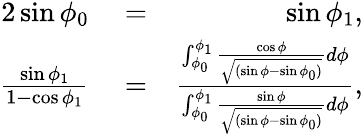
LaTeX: \begin{array}{rlr}{2\sin\phi_{0}}&{{}=}&{\sin\phi_{1},}\\ {\frac{\sin\phi_{1}}{1-\cos\phi_{1}}}&{{}=}&{\frac{\int_{\phi_{0}}^{\phi_{1}}\frac{\cos\phi}{\sqrt{(\sin\phi-\sin\phi_{0})}}d\phi}{\int_{\phi_{0}}^{\phi_{1}}\frac{\sin\phi}{\sqrt{(\sin\phi-\sin\phi_{0})}}d\phi},}\end{array}